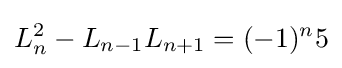
L_{n}^{2}-L_{n-1}L_{n+1}=(-1)^{n}5